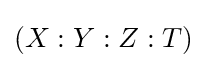
(X:Y:Z:T)